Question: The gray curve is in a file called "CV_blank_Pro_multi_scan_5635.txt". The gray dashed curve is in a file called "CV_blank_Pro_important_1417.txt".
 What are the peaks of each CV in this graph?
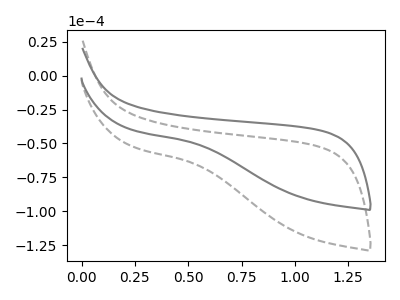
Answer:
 <answer>The gray curve "Pro_blank1" has no peaks. The gray dashed curve "Pro_blank2" has no peaks.</answer>
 <eval></eval>